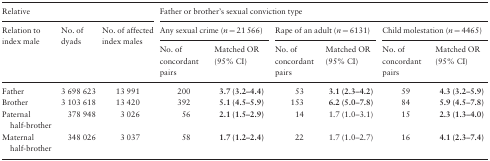
<table><thead><tr><td colspan="3"><b>Relative</b></td><td colspan="6"><b>Father or brother’s sexual conviction type</b></td></tr><tr><td rowspan="2"><b>Relation to index male</b></td><td rowspan="2"><b>No. of dyads</b></td><td rowspan="2"><b>No. of affected index males</b></td><td colspan="2"><b>Any sexual crime (<i>n</i> = 21 566)</b></td><td colspan="2"><b>Rape of an adult (<i>n</i> = 6131)</b></td><td colspan="2"><b>Child molestation (<i>n</i> = 4465)</b></td></tr><tr><td><b>No. of concordant pairs</b></td><td><b>Matched OR (95% CI)</b></td><td><b>No. of concordant pairs</b></td><td><b>Matched OR (95% CI)</b></td><td><b>No. of concordant pairs</b></td><td><b>Matched OR (95% CI)</b></td></tr></thead><tbody><tr><td>Father</td><td>3 698 623</td><td>13 991</td><td>200</td><td><b>3.7 (3.2–4.4)</b></td><td>53</td><td><b>3.1 (2.3–4.2)</b></td><td>59</td><td><b>4.3 (3.2–5.9)</b></td></tr><tr><td>Brother</td><td>3 103 618</td><td>13 420</td><td>392</td><td><b>5.1 (4.5–5.9)</b></td><td>153</td><td><b>6.2 (5.0–7.8)</b></td><td>84</td><td><b>5.9 (4.5–7.8)</b></td></tr><tr><td>Paternal half-brother</td><td>378 948</td><td>3 026</td><td>56</td><td><b>2.1 (1.5–2.9)</b></td><td>14</td><td>1.7 (1.0–3.1)</td><td>15</td><td><b>2.3 (1.3–4.0)</b></td></tr><tr><td>Maternal half-brother</td><td>348 026</td><td>3 037</td><td>58</td><td><b>1.7 (1.2–2.4)</b></td><td>22</td><td>1.7 (1.0–2.7)</td><td>16</td><td><b>4.1 (2.3–7.4)</b></td></tr></tbody></table>